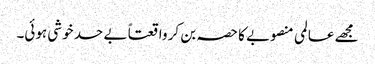
مجھے عالمی منصوبے کا حصہ بن کر واقعتاً بے حد خوشی ہوئی۔